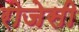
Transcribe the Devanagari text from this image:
रोजेसी